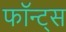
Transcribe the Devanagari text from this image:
फॉन्ट्स